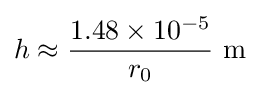
h\approx {{1.48\times 10^{-5}} \over r_{0}}\ {\mbox{m}}